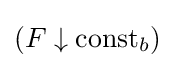
(F\downarrow \operatorname {const} _{b})